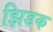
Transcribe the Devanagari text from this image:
झिडक